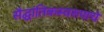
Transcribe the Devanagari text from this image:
सैद्घांतिकस्वरुपाचे